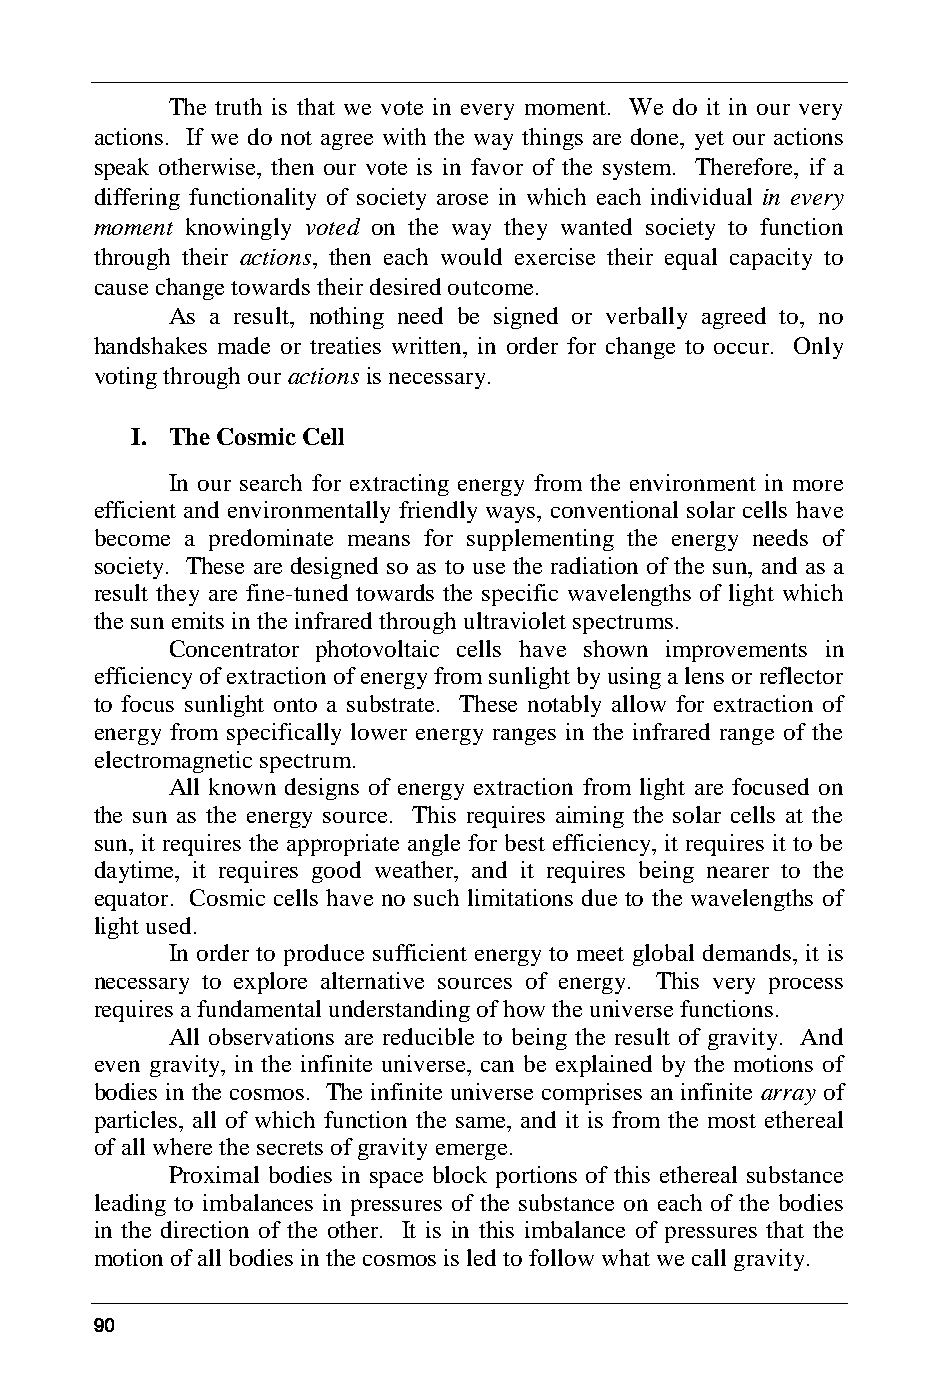
The truth is that we vote in every moment. We do it in our very
 actions. If we do not agree with the way things are done, yet our actions
 speak otherwise, then our vote is in favor of the system. Therefore, if a
 differing functionality of society arose in which each individual in every
 moment knowingly voted on the way they wanted society to function
 through their actions, then each would exercise their equal capacity to
 cause change towards their desired outcome.
 As a result, nothing need be signed or verbally agreed to, no
 handshakes made or treaties written, in order for change to occur. Only
 voting through our actions is necessary.
 I. The Cosmic Cell
 In our search for extracting energy from the environment in more
 efficient and environmentally friendly ways, conventional solar cells have
 become a predominate means for supplementing the energy needs of
 society. These are designed so as to use the radiation of the sun, and as a
 result they are fine-tuned towards the specific wavelengths of light which
 the sun emits in the infrared through ultraviolet spectrums.
 Concentrator photovoltaic cells have shown improvements in
 efficiency of extraction of energy from sunlight by using a lens or reflector
 to focus sunlight onto a substrate. These notably allow for extraction of
 energy from specifically lower energy ranges in the infrared range of the
 electromagnetic spectrum.
 All known designs of energy extraction from light are focused on
 the sun as the energy source. This requires aiming the solar cells at the
 sun, it requires the appropriate angle for best efficiency, it requires it to be
 daytime, it requires good weather, and it requires being nearer to the
 equator. Cosmic cells have no such limitations due to the wavelengths of
 light used.
 In order to produce sufficient energy to meet global demands, it is
 necessary to explore alternative sources of energy. This very process
 requires a fundamental understanding of how the universe functions.
 All observations are reducible to being the result of gravity. And
 even gravity, in the infinite universe, can be explained by the motions of
 bodies in the cosmos. The infinite universe comprises an infinite array of
 particles, all of which function the same, and it is from the most ethereal
 of all where the secrets of gravity emerge.
 Proximal bodies in space block portions of this ethereal substance
 leading to imbalances in pressures of the substance on each of the bodies
 in the direction of the other. It is in this imbalance of pressures that the
 motion of all bodies in the cosmos is led to follow what we call gravity.
 90